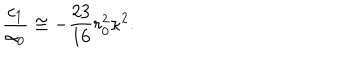
LaTeX: \frac { c _ { 1 } } { \alpha _ { 0 } } \cong - \frac { 2 3 } { 1 6 } r _ { 0 } ^ { 2 } \kappa ^ { 2 } .